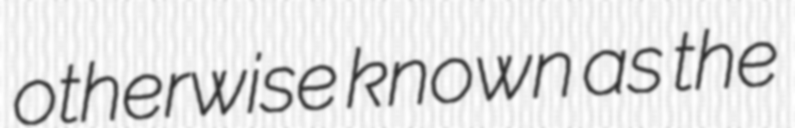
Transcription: otherwise known as the